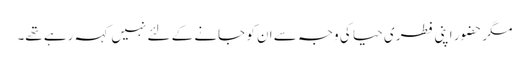
مگر حضور اپنی فطری حیا کی وجہ سے ان کو جانے کے لئے نہیں کہہ رہے تھے۔